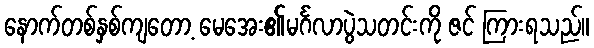
နောက်တစ်နှစ်ကျတော့ မေအေး၏မင်္ဂလာပွဲသတင်းကို ဇင် ကြားရသည်။